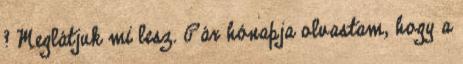
? Meglátjuk mi lesz. Pár hónapja olvastam, hogy a